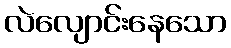
လဲလျောင်းနေသော